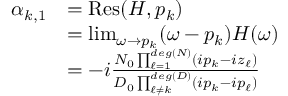
\begin{array} { r } { \begin{array} { r l } { \alpha _ { k , 1 } } & { = \mathrm { R e s } ( H , p _ { k } ) } \\ & { = \operatorname* { l i m } _ { \omega \rightarrow p _ { k } } ( \omega - p _ { k } ) H ( \omega ) } \\ & { = - i \frac { N _ { 0 } \prod _ { \ell = 1 } ^ { d e g ( N ) } ( i p _ { k } - i z _ { \ell } ) } { D _ { 0 } \prod _ { \ell \neq k } ^ { d e g ( D ) } ( i p _ { k } - i p _ { \ell } ) } } \end{array} } \end{array}